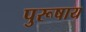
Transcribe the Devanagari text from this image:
पुरूषाय